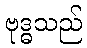
ဗုဒ္ဓသည်